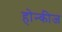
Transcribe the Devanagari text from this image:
होन्कीज